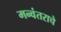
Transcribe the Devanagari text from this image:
मन्वंतराचे